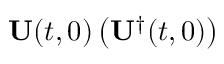
\mathbf { U } ( t , 0 ) \left( \mathbf { U } ^ { \dagger } ( t , 0 ) \right)